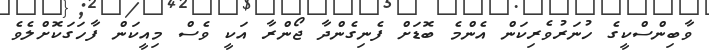
ވާބިންސްކީގެ ހުނަރުވެރިކަން އެންމެ ބޮޑަށް ފެނިގެންދާ ޖޯންރާ އަކީ ވެސް މިއީކަން ފާހަގަކޮށްލެވެ